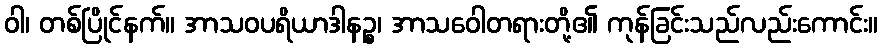
ဝါ၊ တစ်ပြိုင်နက်။ အာသဝပရိယာဒါနဉ္စ၊ အာသဝေါတရားတို့၏ ကုန်ခြင်းသည်လည်းကောင်း။